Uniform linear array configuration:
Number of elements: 12
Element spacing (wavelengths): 1
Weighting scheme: cosine
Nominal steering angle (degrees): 0
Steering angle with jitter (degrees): -0.1372
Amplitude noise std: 0.05
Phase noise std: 0.05

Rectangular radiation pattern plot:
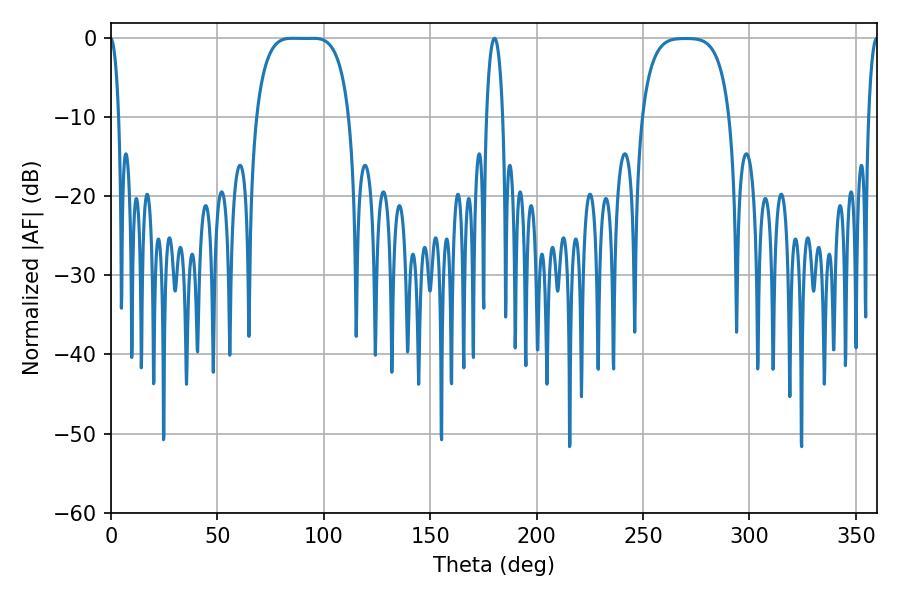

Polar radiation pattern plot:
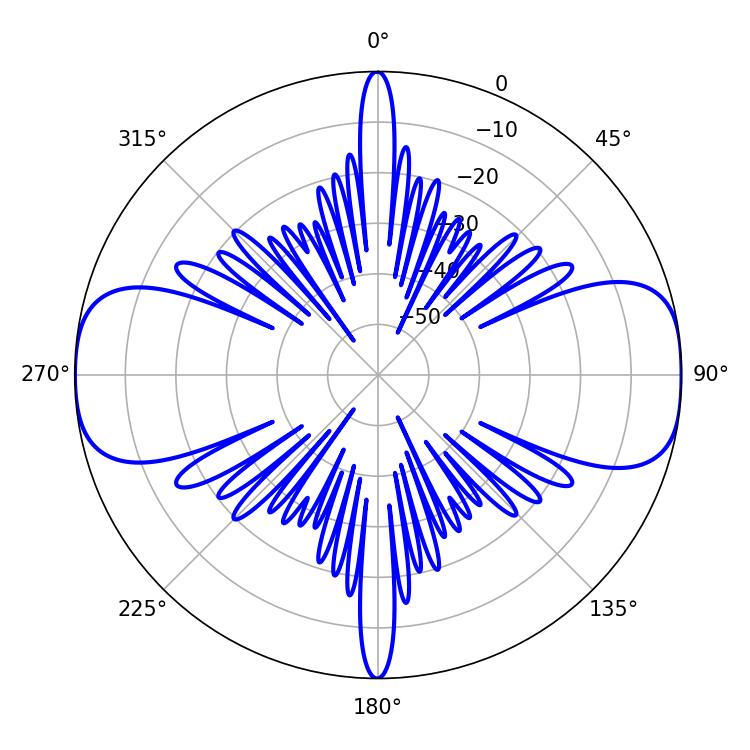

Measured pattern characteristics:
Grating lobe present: TRUE
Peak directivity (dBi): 15.547
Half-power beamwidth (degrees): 33.48
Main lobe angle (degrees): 85.14